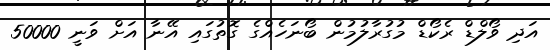
އަދި ވޯލްޑް ރެކޯޑް މުގުރާލުމުން ބޯނަހެއްގެ ގޮތުގައި އޭނާ އަށް ވަނީ 50000